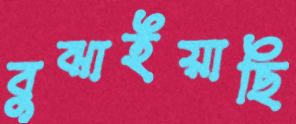
বুঝাইয়াছি